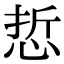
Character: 悊